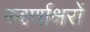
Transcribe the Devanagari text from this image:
स्‍वर्णाक्षरों